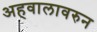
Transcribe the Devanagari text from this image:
अहवालावरुन